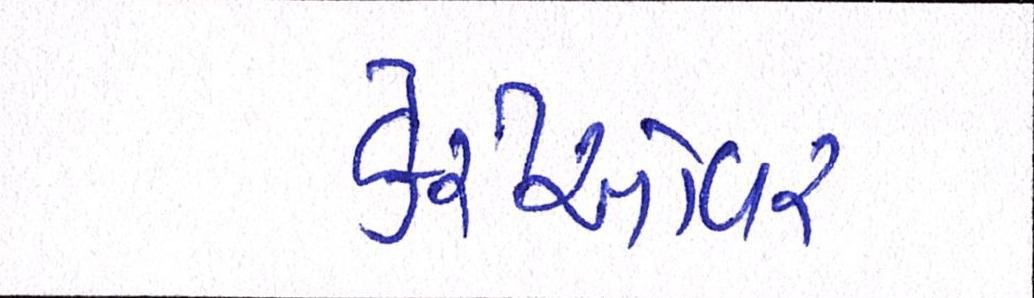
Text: કેરીઓવર